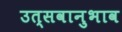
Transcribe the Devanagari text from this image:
उत्सवानुभाव